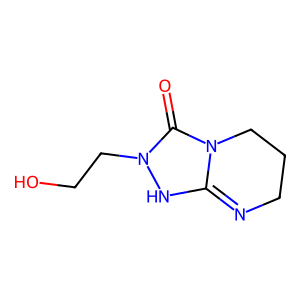
SMILES: O=C1N(CCO)NC2=NCCCN12
Inhibits HIV replication: No